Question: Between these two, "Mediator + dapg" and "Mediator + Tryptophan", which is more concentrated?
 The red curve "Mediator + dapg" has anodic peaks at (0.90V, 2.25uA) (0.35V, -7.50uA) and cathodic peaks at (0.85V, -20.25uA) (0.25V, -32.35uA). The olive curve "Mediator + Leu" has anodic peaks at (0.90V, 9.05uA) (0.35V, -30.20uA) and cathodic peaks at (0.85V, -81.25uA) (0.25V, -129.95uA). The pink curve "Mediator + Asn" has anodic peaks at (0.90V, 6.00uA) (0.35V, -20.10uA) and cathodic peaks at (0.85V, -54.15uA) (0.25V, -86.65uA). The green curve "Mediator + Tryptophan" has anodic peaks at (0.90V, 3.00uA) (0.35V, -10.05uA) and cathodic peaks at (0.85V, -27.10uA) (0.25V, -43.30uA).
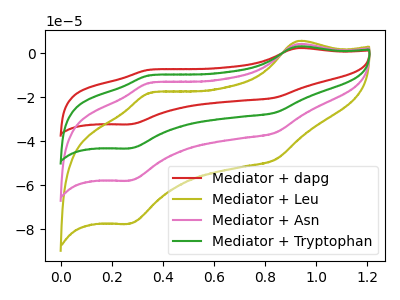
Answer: <think>All the peaks in "Mediator + dapg" have a peak in "Mediator + Tryptophan" at the same potential.
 </think>
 <answer>I cant tell if "Mediator + dapg" or "Mediator + Tryptophan" has higher concentration.</answer>
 <eval>mixed_concentration</eval>